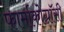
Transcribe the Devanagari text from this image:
फार्माकोग्नॉसी